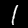
Digit: 1